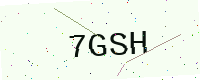
Text: 7GSH